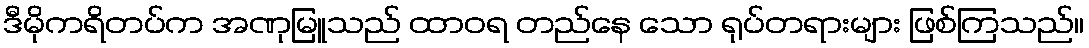
ဒီမိုကရိတပ်က အဏုမြူသည် ထာဝရ တည်နေ သော ရုပ်တရားများ ဖြစ်ကြသည်။